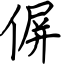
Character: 偋